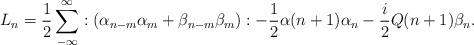
\begin{align*}L_{n} = \frac{1}{2} \sum _{-\infty}^{\infty} :(\alpha _{n-m} \alpha _{m}+\beta _{n-m} \beta _{m}): -\frac{1}{2}\alpha (n+1)\alpha _{n}-\frac{i}{2}Q(n+1)\beta _{n}.\end{align*}